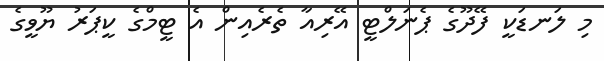
މި ލަނޑަކީ ފޭދޫގެ ޕެނަލްޓީ އޭރިއާ ތެރެއިން އެ ޓީމްގެ ކީޕަރު ޔޫވީގެ